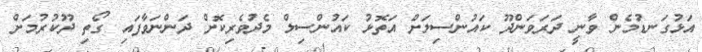
އަޅުގަނޑުމެން ވާނީ ދަރަވަންދޫ ކައުންސިލަށް އަތޮޅު ކައުންސިލް މެދުވެރިކޮށް ދަންނަވާފައި ގޯތި ދޫކުރުމަށް